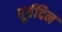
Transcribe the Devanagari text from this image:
पूर्वदिन